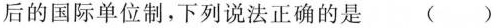
后的国际单位制，下列说法正确的是 （）